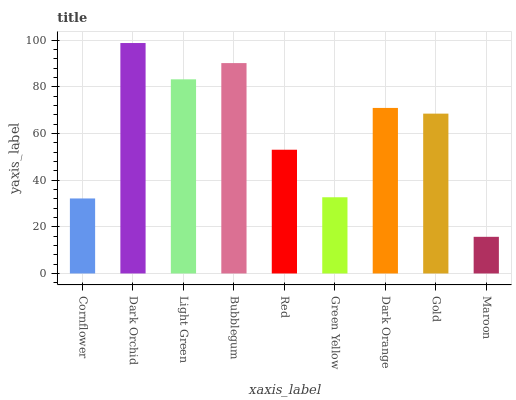
| xaxis_label | bars |
 | --- | --- |
 | Cornflower | 32.1 |
 | Dark Orchid | 98.7 |
 | Light Green | 83.2 |
 | Bubblegum | 90.1 |
 | Red | 53 |
 | Green Yellow | 32.7 |
 | Dark Orange | 70.9 |
 | Gold | 68.5 |
 | Maroon | 15.7 |